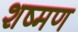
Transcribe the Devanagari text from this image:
शष्मण